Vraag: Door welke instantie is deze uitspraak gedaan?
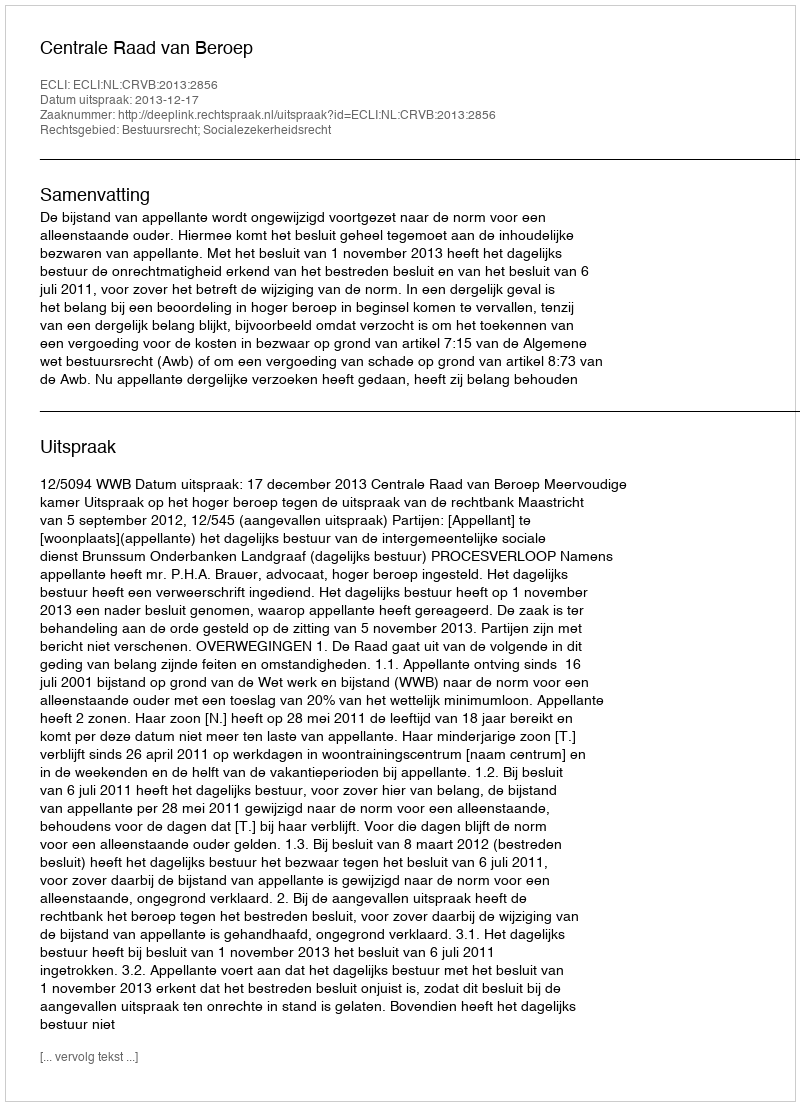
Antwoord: Centrale Raad van Beroep